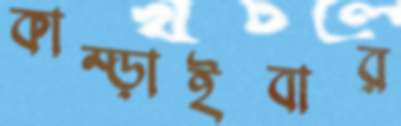
কাম্‌ড়াইবার